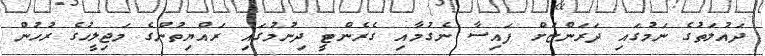
ދައުލަތުގެ ނަމުގައި ދަރަންޏަށް ފައިސާ ނެގުމާއި ގެރެންޓީ ދިނުމުގައި ރައްޔިތުންގެ މަޖިލީހުގެ ރުހުން